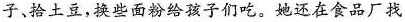
子、拾土豆，换些面粉给孩子们吃。她还在食品厂找